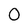
Character: 0